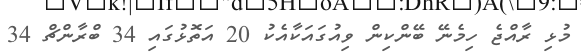
މުޅި ރާއްޖެ ހިމެނޭ ބޭންކިން ވިއުގައަކާއެކު 20 އަތޮޅުގައި 34 ބްރާންޗް 34